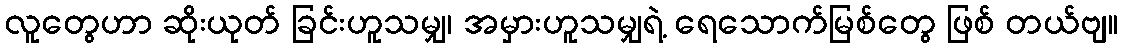
လူတွေဟာ ဆိုးယုတ် ခြင်းဟူသမျှ၊ အမှားဟူသမျှရဲ့ ရေသောက်မြစ်တွေ ဖြစ် တယ်ဗျ။